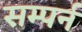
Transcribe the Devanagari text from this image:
सम्पर्न